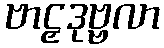
ဗာဠှဒုဗ္ဗလာ